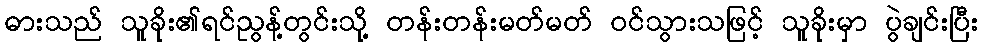
ဓားသည် သူခိုး၏ရင်ညွန့်တွင်းသို့ တန်းတန်းမတ်မတ် ဝင်သွားသဖြင့် သူခိုးမှာ ပွဲချင်းပြီး